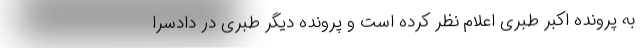
به پرونده اکبر طبری اعلام نظر کرده است و پرونده دیگر طبری در دادسرا